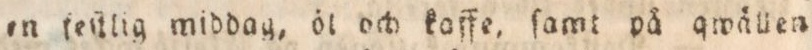
en feſtlig middag, öt och kaffe, ſamt på qwällen